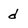
Character: d